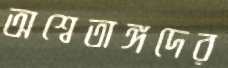
অশ্বেতাঙ্গদের